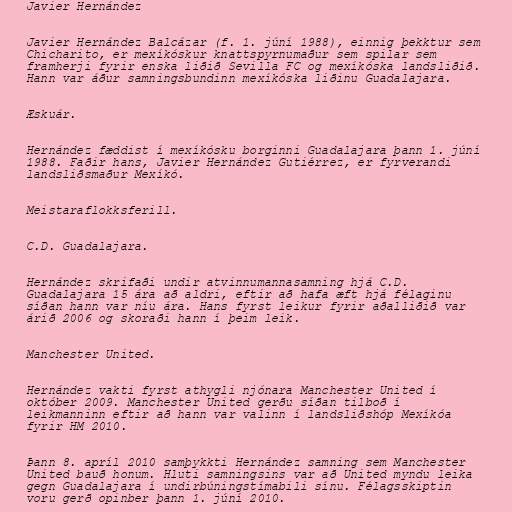
Javier Hernández

Javier Hernández Balcázar (f. 1. júní 1988), einnig þekktur sem
Chicharito, er mexíkóskur knattspyrnumaður sem spilar sem
framherji fyrir enska liðið Sevilla FC og mexíkóska landsliðið.
Hann var áður samningsbundinn mexíkóska liðinu Guadalajara.

Æskuár.

Hernández fæddist í mexíkósku borginni Guadalajara þann 1. júní
1988. Faðir hans, Javier Hernández Gutiérrez, er fyrverandi
landsliðsmaður Mexíkó.

Meistaraflokksferill.

C.D. Guadalajara.

Hernández skrifaði undir atvinnumannasamning hjá C.D.
Guadalajara 15 ára að aldri, eftir að hafa æft hjá félaginu
síðan hann var níu ára. Hans fyrst leikur fyrir aðalliðið var
árið 2006 og skoraði hann í þeim leik.

Manchester United.

Hernández vakti fyrst athygli njónara Manchester United í
október 2009. Manchester United gerðu síðan tilboð í
leikmanninn eftir að hann var valinn í landsliðshóp Mexíkóa
fyrir HM 2010.

Þann 8. apríl 2010 samþykkti Hernández samning sem Manchester
United bauð honum. Hluti samningsins var að United myndu leika
gegn Guadalajara í undirbúningstímabili sínu. Félagsskiptin
voru gerð opinber þann 1. júní 2010.